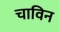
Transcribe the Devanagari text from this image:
चाविन